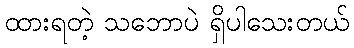
ထားရတဲ့ သဘောပဲ ရှိပါသေးတယ်